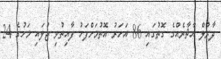
ދާރުލް އާޘާރެއްގެ ގޮތުގައި 86 އަހަރު އޮތުމަށްފަހު ފާއިތުވި ޖުލައި މަހުގެ 24